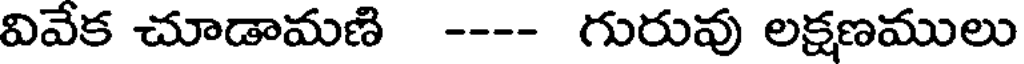
వివేక చూడామణి ---- గురువు లక్షణములు